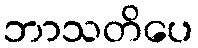
ဘာသတိပေ